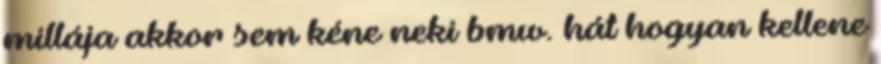
millája akkor sem kéne neki bmw. hát hogyan kellene